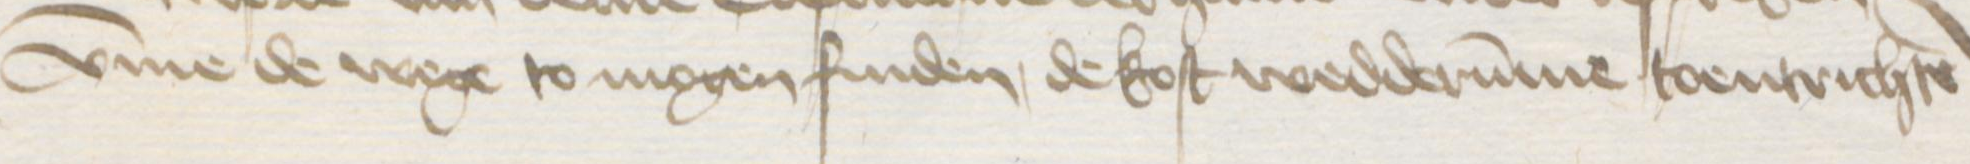
vmme de wege to mogen finden, de kost wedderumme toentrichten